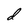
Character: d